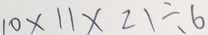
1 0 \times 1 1 \times 2 1 \div 6